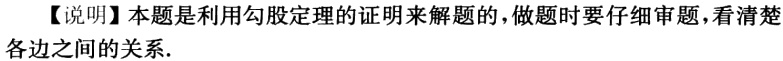
【说明】本题是利用勾股定理的证明来解题的，做题时要仔细审题，看清楚各边之间的关系.